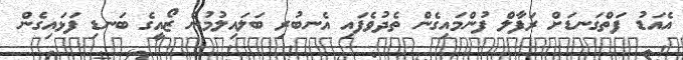
އެއަޑު ފަތްގަނޑަށް ރަފާލް ފުންމައިގެން ތެދުވެފައި އެނބުރި ބަލައިލުމުން ޒޯއީގެ ބަނޑި ފަޅައިގެން